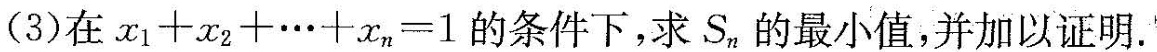
(3)在$$x _ { 1 } + x _ { 2 } + … 十 x _{ n } = 1$$的条件下，求S_{n}的最小值，并加以证明.